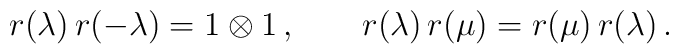
r(\lambda) \,  r(-\lambda) = 1 \otimes 1 \,, \qquad  r(\lambda) \, r(\mu) = r(\mu) \, r(\lambda) \,.